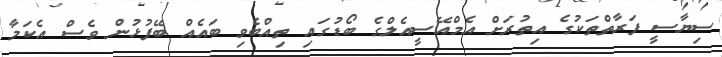
ސިޔާސީ ފަރާތްތަކުގެ އިތުރަށް އެމްއޭސީއެލްގެ ބޯޑުގައި ތިއްބެވި ބައެއް ބޭފުޅުން ވެސް އެކަމާ